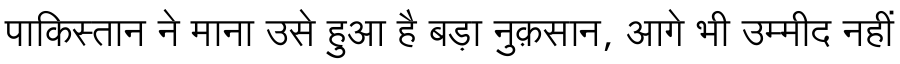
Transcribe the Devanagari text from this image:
पाकिस्तान ने माना उसे हुआ है बड़ा नुक़सान, आगे भी उम्मीद नहीं